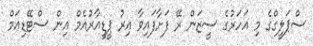
ސްޕަލީގްގެ މި އަހަރުގެ ސީޒަން ރޭ ފަށާފައިވާ އިރު ޕީޑީއާރުއެމް އިން ސްޓޭޑިއަމް